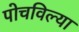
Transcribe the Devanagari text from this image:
पोचविल्या